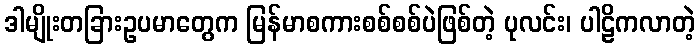
ဒါမျိုးတခြားဥပမာတွေက မြန်မာစကားစစ်စစ်ပဲဖြစ်တဲ့ ပုလင်း၊ ပါဠိကလာတဲ့